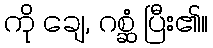
ကို ချေ, ဂစ္ဆံ ပြီး၏။